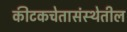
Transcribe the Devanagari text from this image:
कीटकचेतासंस्थेतील